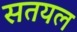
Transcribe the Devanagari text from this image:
सतयल